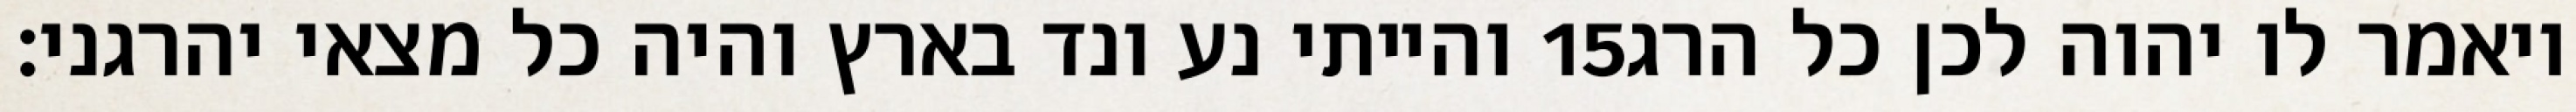
והייתי נע ונד בארץ והיה כל מצאי יהרגני׃ ‎15‏ ויאמר לו יהוה לכן כל הרג